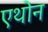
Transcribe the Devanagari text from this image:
एथोन